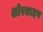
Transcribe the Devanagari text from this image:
शोरलाइन